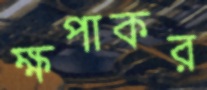
ক্ষপাকর